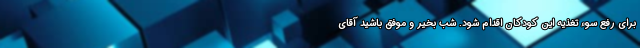
برای رفع سوء تغذیه این کودکان اقدام شود. شب بخیر و موفق باشید آقای